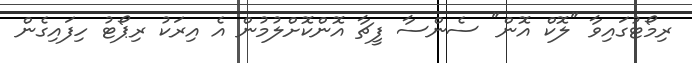
ރިމޯޓުގައިވާ "ލޮކް އޮން" ސެންސާ ފީޗާ އޮންކޮށްލުމުން އެ އިރަކު ރިޕޯޓު ހިފައިގެން